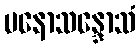
မနောသန္ဒောသံ